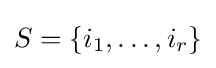
S=\{i_{1},\ldots ,i_{r}\}